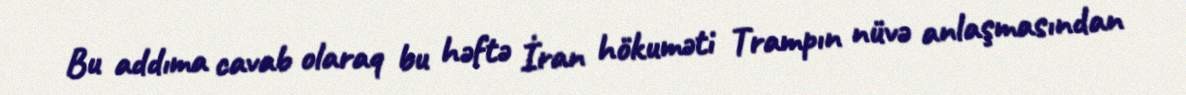
Bu addıma cavab olaraq bu həftə İran hökuməti Trampın nüvə anlaşmasından